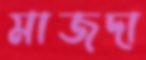
মাজদা